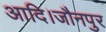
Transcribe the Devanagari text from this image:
आदि।जौनपुर